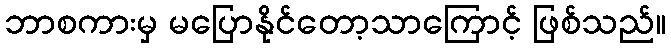
ဘာစကားမှ မပြောနိုင်တော့သာကြောင့် ဖြစ်သည်။